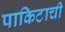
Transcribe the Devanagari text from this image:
पाकिटाची